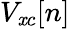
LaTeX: V_{\mathit{x}c}[n]